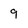
Character: 9